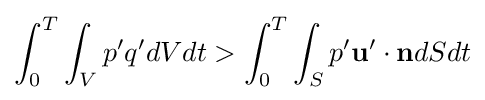
\int _{0}^{T}\int _{V}p'q'dVdt>\int _{0}^{T}\int _{S}p'\mathbf {u'} \cdot \mathbf {n} dSdt